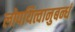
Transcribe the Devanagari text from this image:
लोपयित्वानुबन्धं